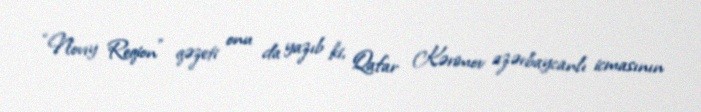
“Novıy Reqion” qəzeti onu da yazıb ki, Qafar Kərimov azərbaycanlı icmasının